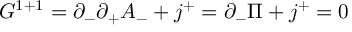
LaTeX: G ^ { 1 + 1 } = \partial _ { - } \partial _ { + } A _ { - } + j ^ { + } = \partial _ { - } \Pi + j ^ { + } = 0